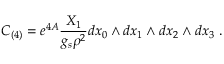
C _ { ( 4 ) } = e ^ { 4 A } { \frac { X _ { 1 } } { g _ { s } \rho ^ { 2 } } } d x _ { 0 } \wedge d x _ { 1 } \wedge d x _ { 2 } \wedge d x _ { 3 } \ .